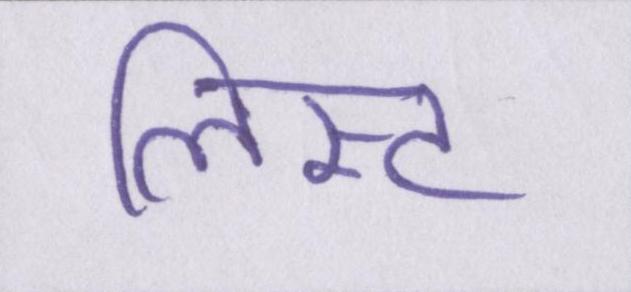
लिस्ट